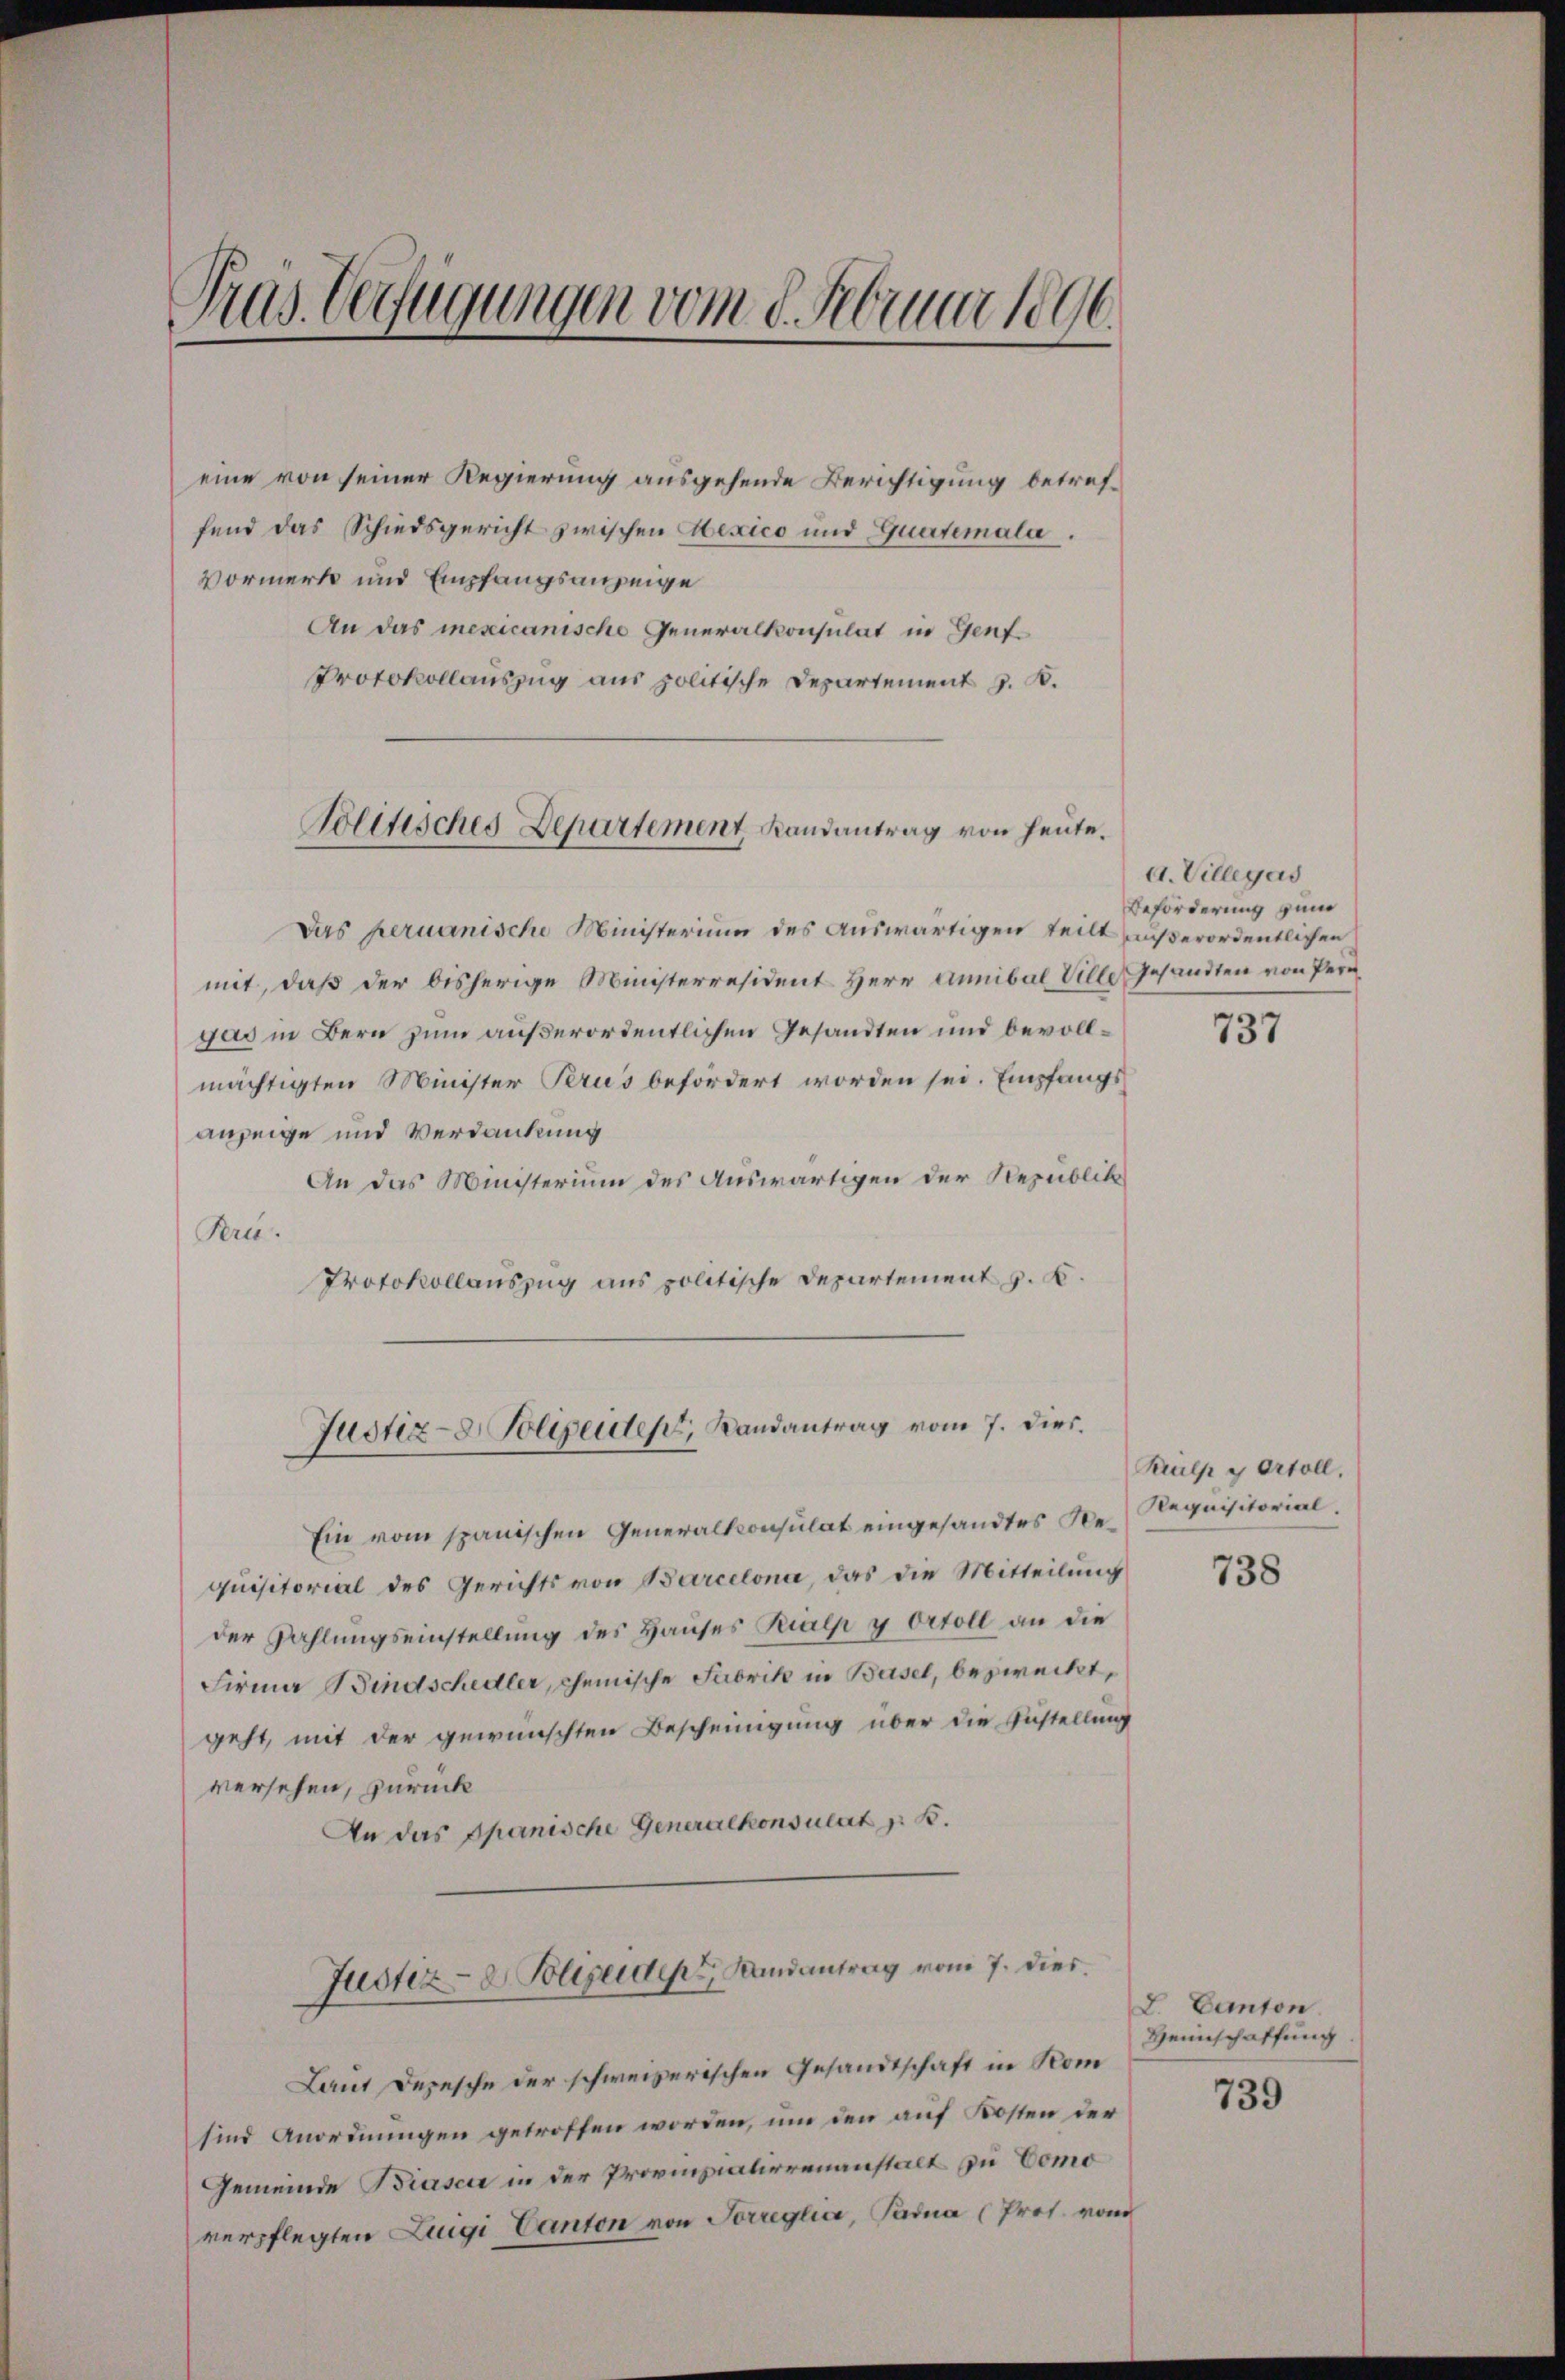
Tras Verfügungen vom 8. Februar 1896.

eine von seiner Regierung ausgehende Berichtigung betreffend das Schiedsgericht zwischen Mexico und Guatemala.
Vormerk und Empfangsanzeige
An das mexicanische Generalkonsulat in Genf¬
Protokollauszug aus politische Departement z. B.

Politisches Departement, Landantrag von heute.

Das peruanische Ministerium des auswärtigen teilt außerordentlichen
mit, daß der bisherige Ministerresident Herr Annibal Ville Gesandten von Pergas in Bern zum außerordentlichen Gesandten und bevollmächtigten Minister Perus befördert worden sei. Empfangs
anzeige und Verdankung
An das Ministerium des Auswärtigen der Republik
Pru.
Protokollauszug aus politische Departement z. B.
Ein vom spanischen Generalkonsulat eingesandtes Be- Requisitorialquisitorial des Gerichts von Barcelona, das die Mitteilung
der Zahlungseinstellung des Hauses Rialp y ortoll an die
Firma Bindschedler, chemische Fabrik in Basel, bezweckt,
geht, mit der gewünschten Bescheinigung über die Austellung
versehen, zurück
An das Spanische Generalkonsulat z. B.
Justiz- & Polizeiden Landantrag vom 7. dies
Laut Depesche der schweizerischen Gesandtschaft in Kom
sind Anordnungen getroffen worden, um den auf Kosten der
Gemeinde Biasca in der Provinzialierenanstalt zu Como
verpflegten Ligi Canton von Sorreglia, Pada (Prof. vom

Justiz- & Polizeiten, Landantrag vom 7. dies.

G. Villegas
Beförderung zum

737

Krulp y Ortoll.

738

L. Canton
Heinschaffung.

739